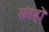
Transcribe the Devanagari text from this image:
सतहो